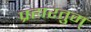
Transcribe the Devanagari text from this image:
प्रहारतुम्